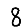
Digit: 8